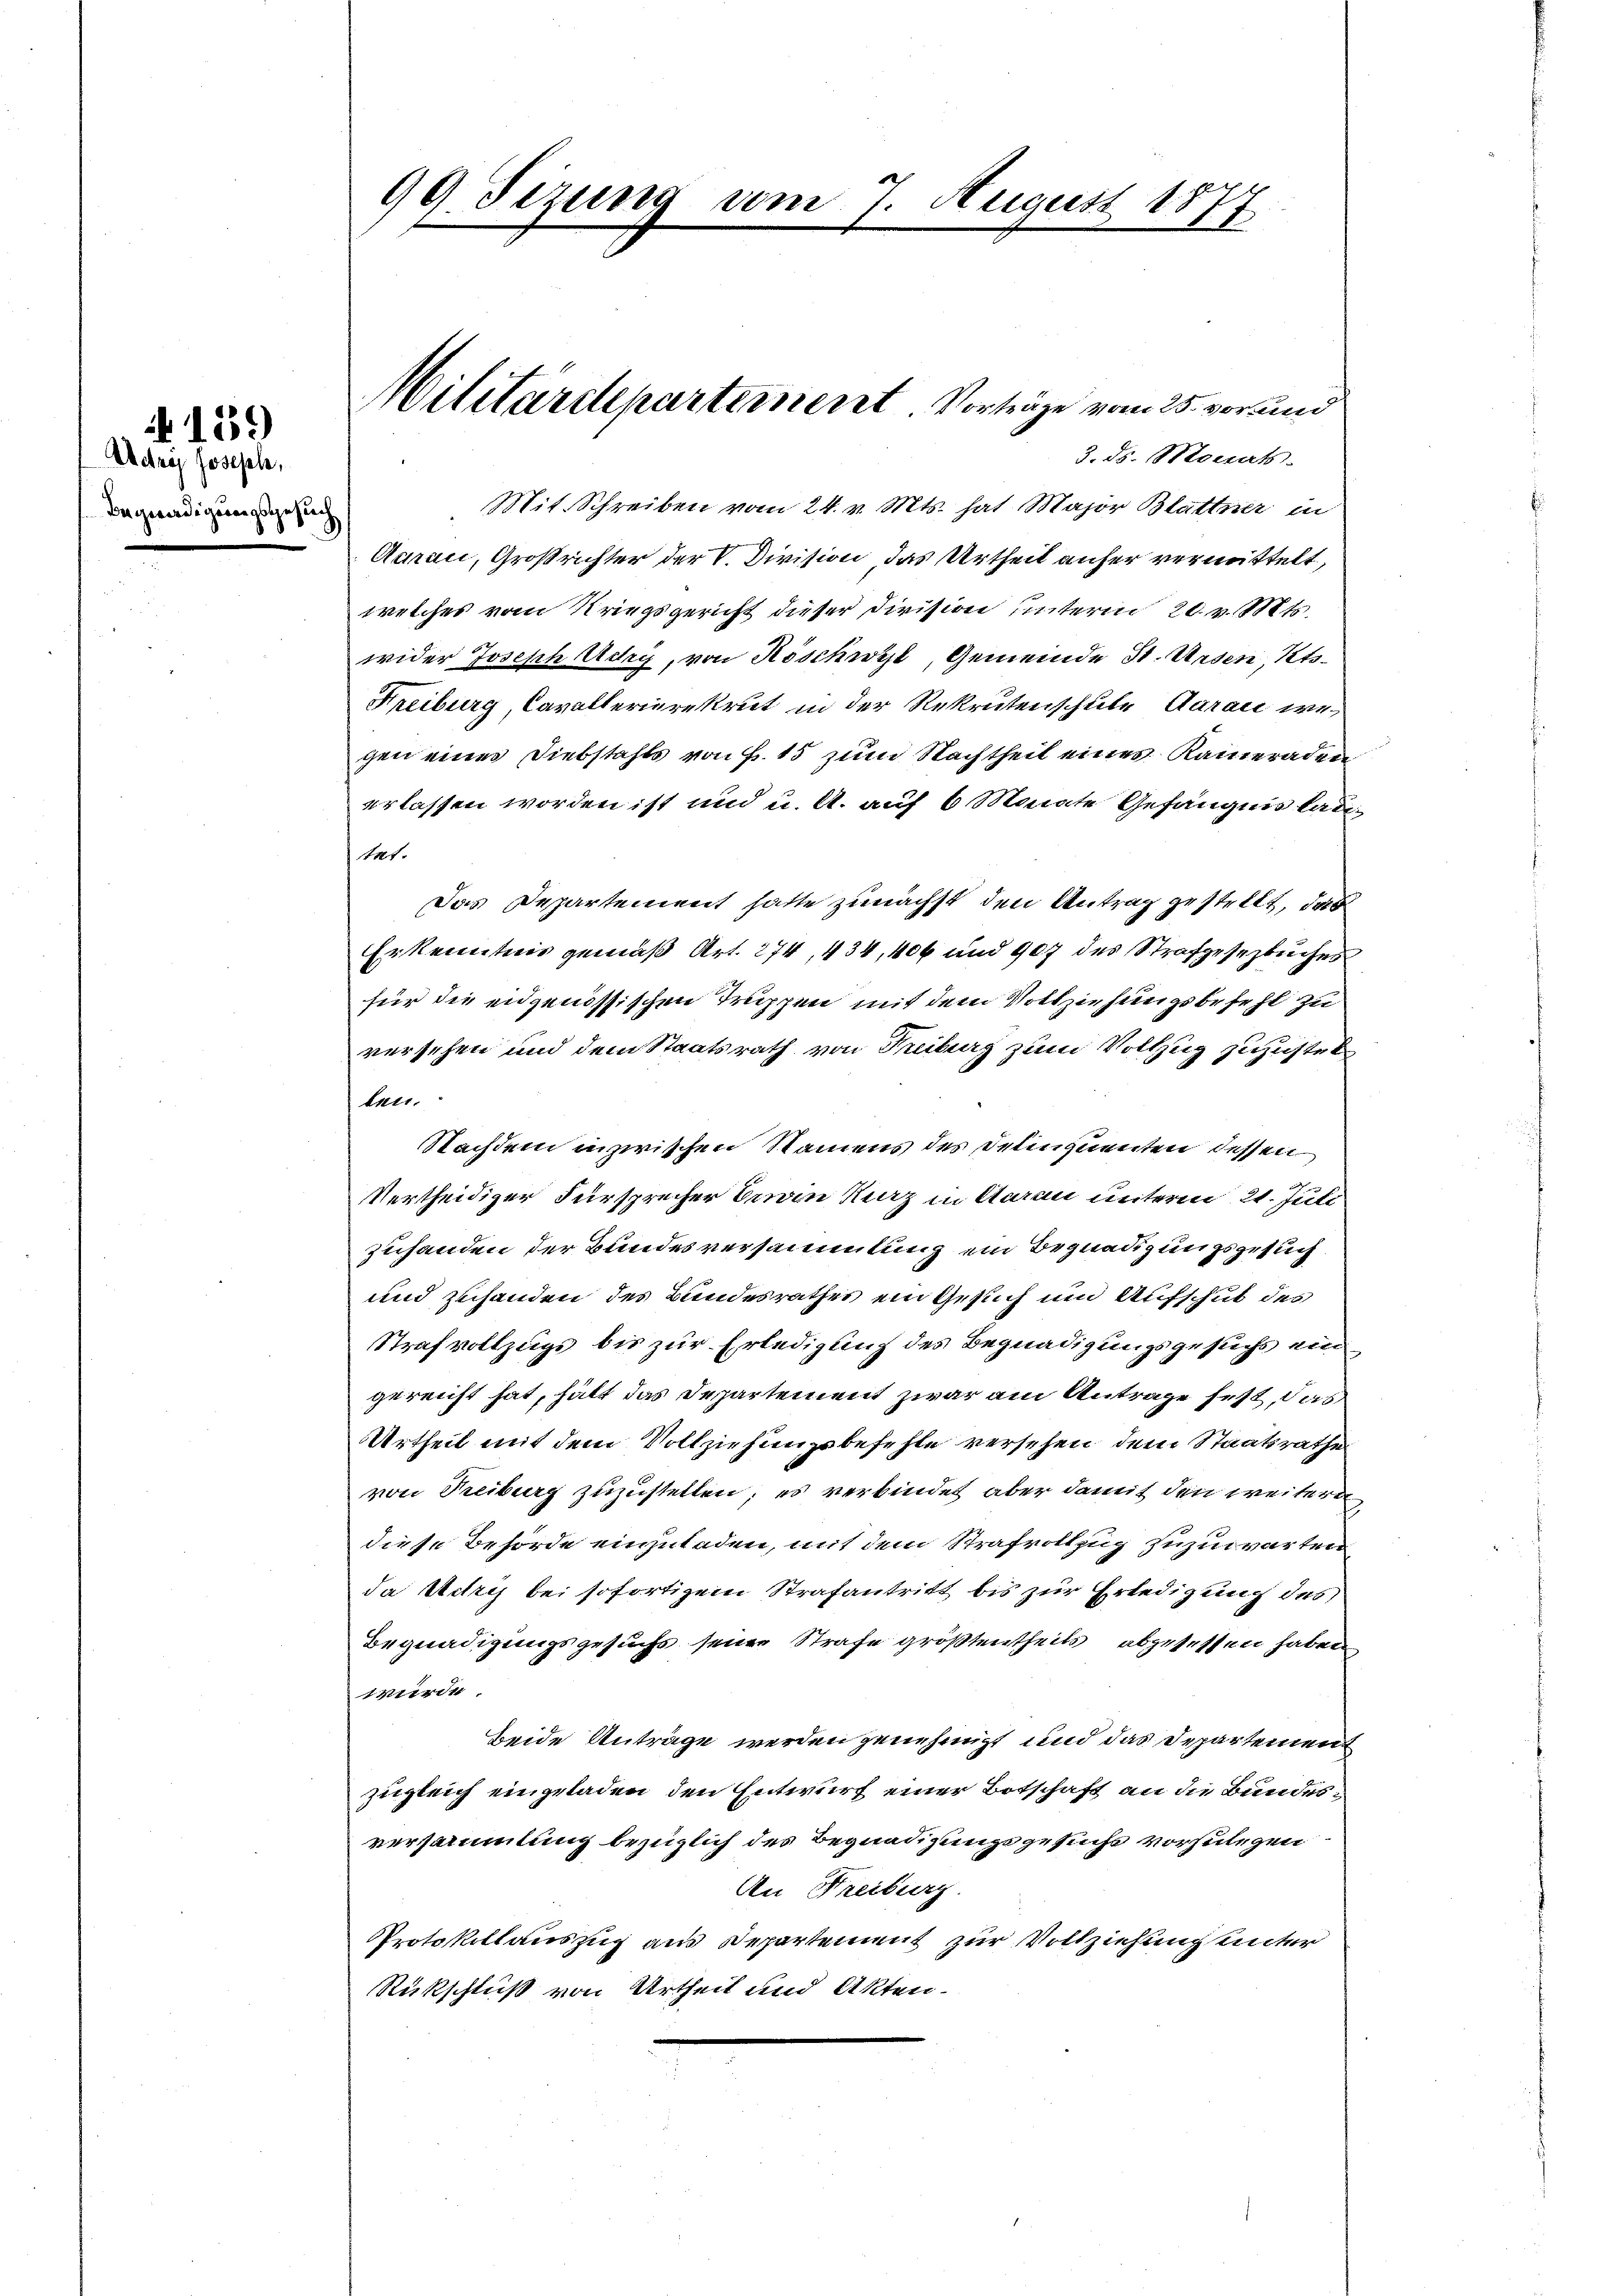
139

Actres Joseph,
Begnadigungsgesten

99. Sizung vom 7. August 1877

Militärdepartement. Vorträge vom 25. vor und
Mit. Schreiben vom 24. v. Mts. hat Major Blattner in

3. ds. Monats
Aarau, Großrichter der V. Division das Urtheil anfer vermittelt,
welches vom Kriegsgericht dieser Division unterm 20. v. Mts.
wider Joseph Actry, von Köschwyl, Gemeinde St. Ursen, Kts.
Freiburg, Cavallerierekrut in der Rekrutenschule daran wegen eines Diebstahls von Fr. 15 zum Nachtheil eines Kameraden
erlassen worden ist und u. A. auf 6 Monate Gefängnis laditet.
Das Departement hatte zunächst den Antrag gestellt, daß
Erkenntnis gemäß Art. 274, 434, 406 und 907 des Strafgesezbuches
für die eidgenössischen Truppen mit dem Vollziehungsbefehl zu
versehen und dem Staatsrath von Freiburg zum Vollzug zuzustel¬
Enti.
Nachdem inzwischen Namens des Delinquenten dessen
Vertheidiger Fürsprecher Bern Kurz in Aarau unterm 21. Juli
zuhanden der Bundesversammlung ein Begnadigungsgesuch
und zuhanden des Bundesrathes ein Gesuch und Aufschut des
Strafvollzugs bis zur Erledigung des Begnadigungsgesuchs eingereicht hat, hält das Departement zwar am Antrage fest, das
Urtheil mit dem Vollziehungsbefehle versehen dem Staatsrathe
von Treiburg zuzustellen; es verbindet, aber damit den weitere
diese Behörde einzuladen, mit dem Strafvollzug zuzuwarten
da Metry bei sofortigem Strafantritt bis zur Erledigung des
Begnadigungsgesuchs seine Strafe größtentheils abgesessen haben
wurde.
beide Anträge werden genehmigt und das Departement
zugleich eingeladen, den Entwurf einer Botschaft an die Bundesversammlung bezüglich des Begnadigungsgesuche vorzulegen
An Freiburg.
Protokollauszug aus Departement zur Vollziehung unter
Rückschluß von Urtheil und Akten.